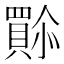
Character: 𫣿